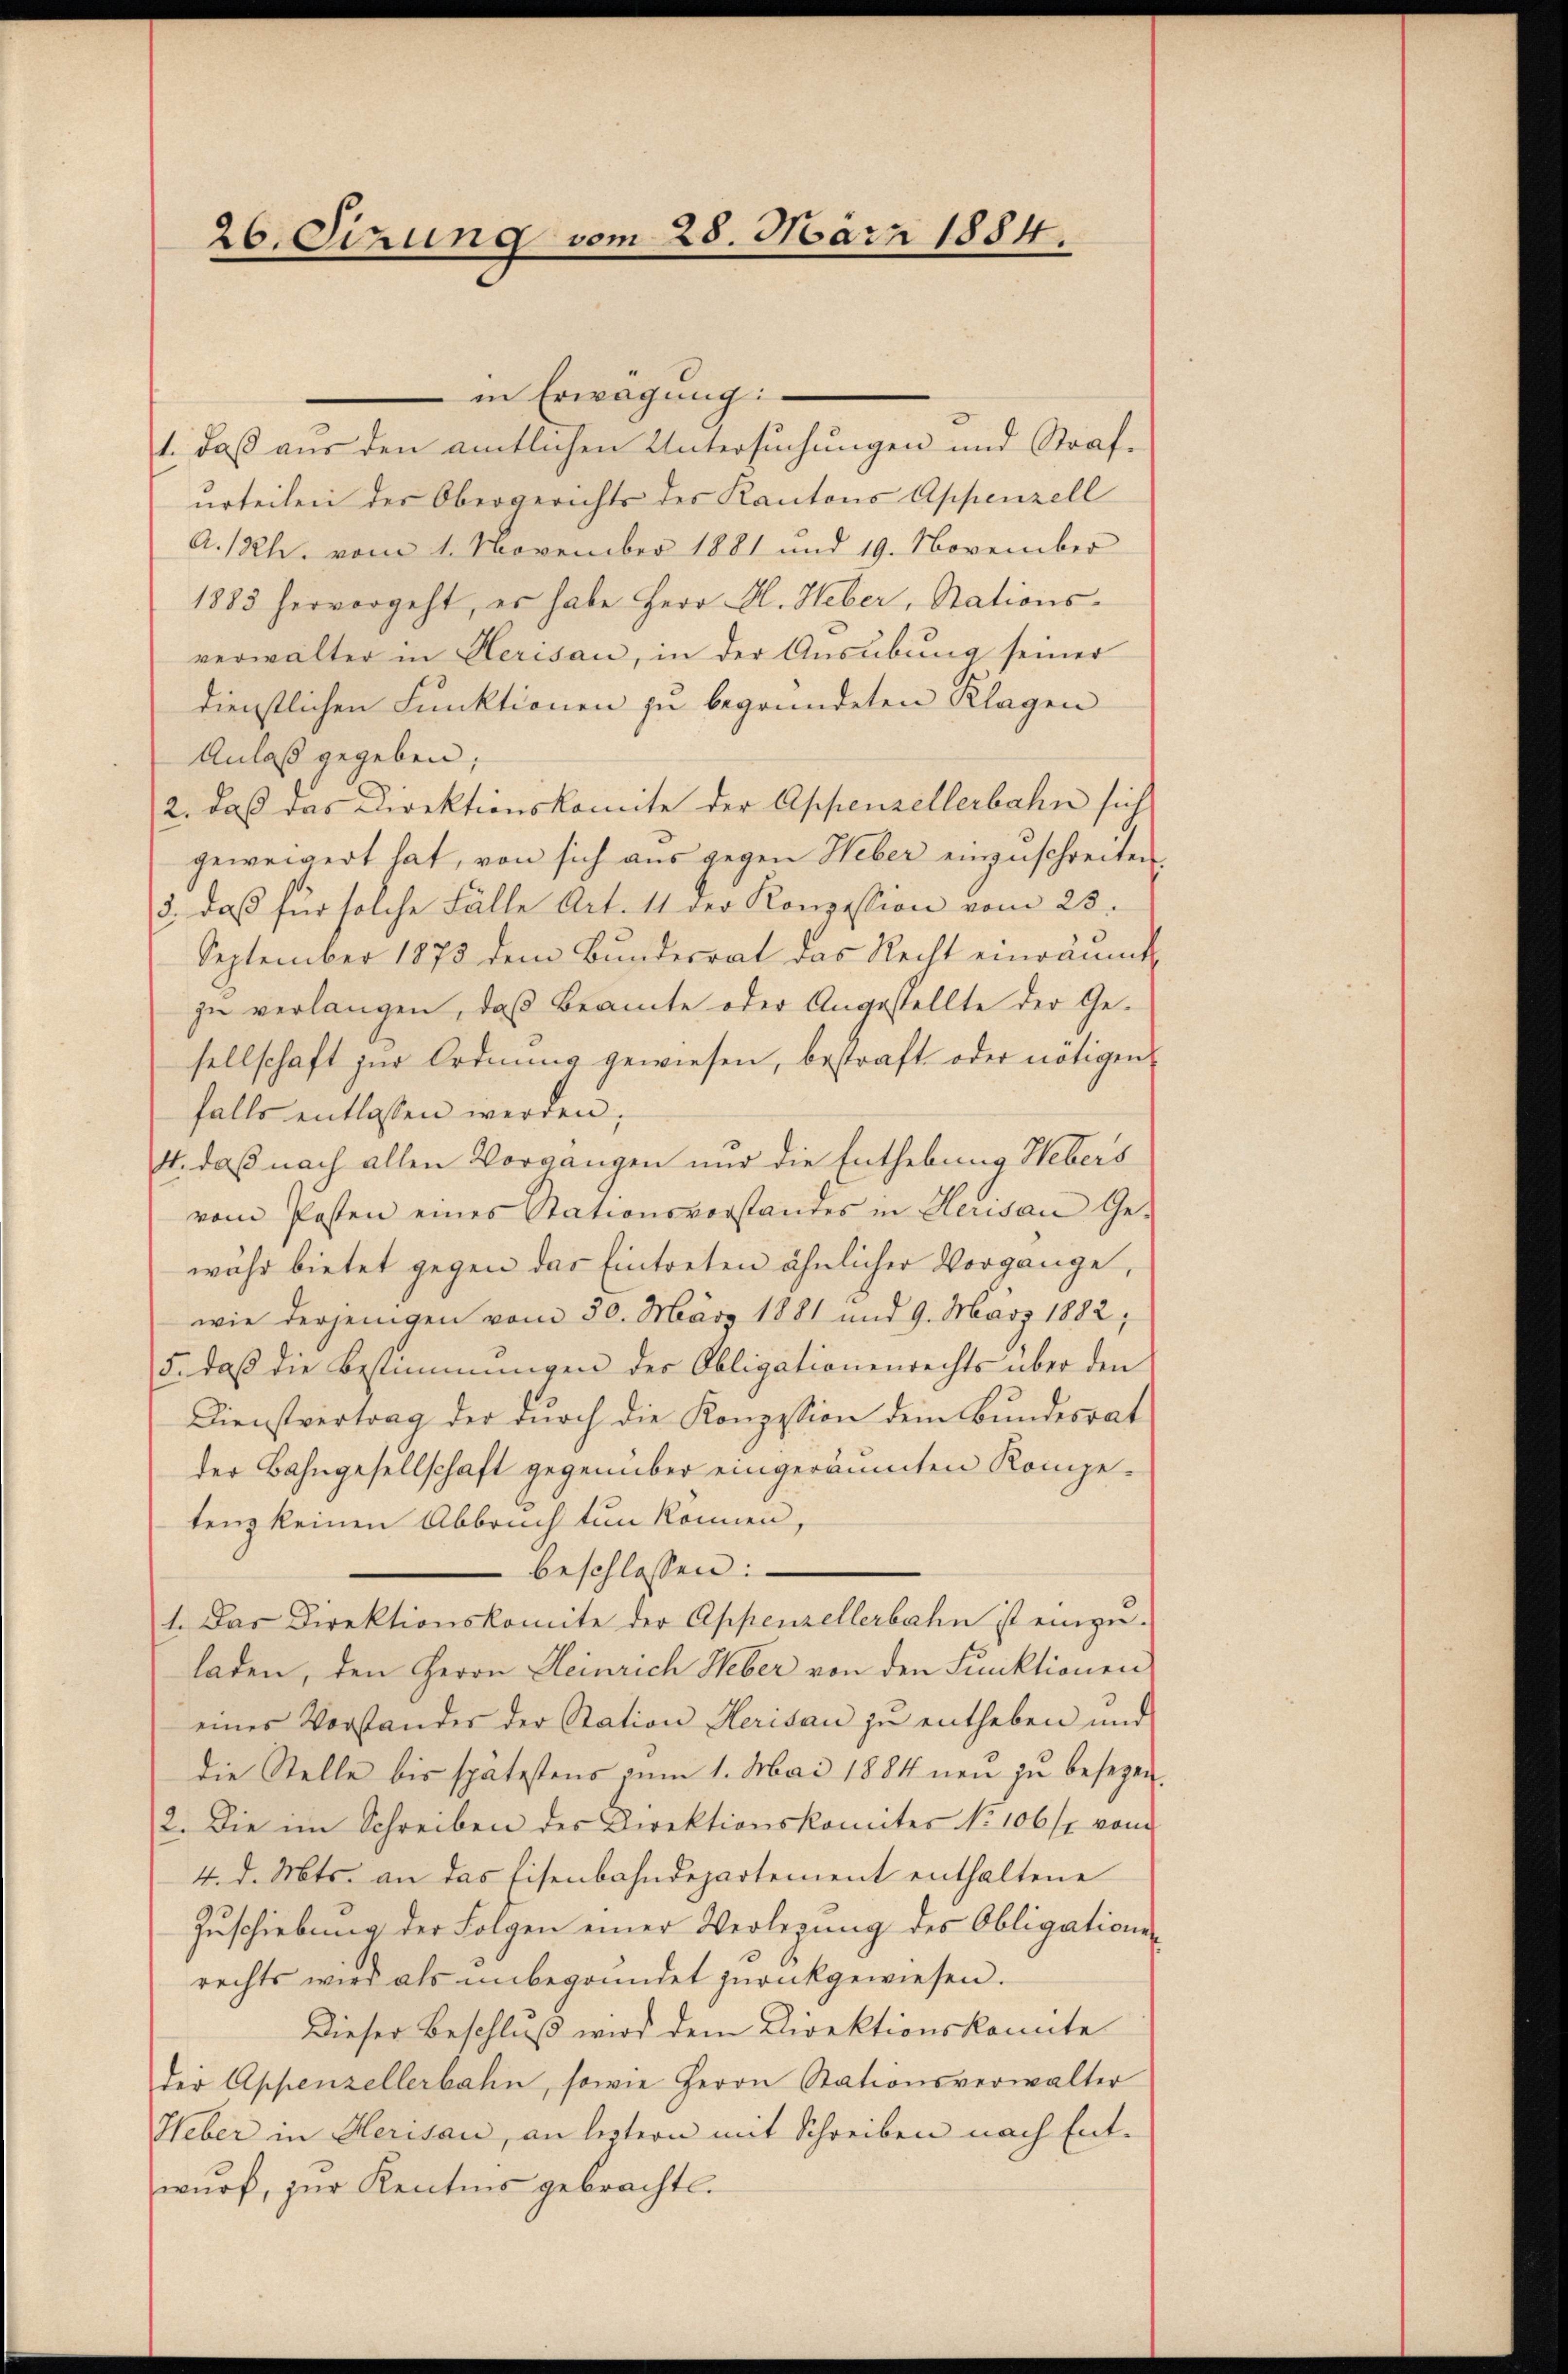
26. Sirung vom 28. März 1884.

in Erwägung:
.
1., daß aus den amtlichen Untersuchungen und Straf-
urteilen der Obergerichts des Kantons Appenzell
A.Rh. vom 1. November 1881 und 19. November
1883 hervorgeht, es habe Herr H. Heber, Stations-
verwalter in Herisau, in der Ausübung seiner
dienstlichen Funktionen zu begründeten Klagen
Anlaß gegeben;
2. daß das Direktionskomite der Appenzellerbahn sich
geweigert hat, von sich aus gegen Heber einzuschreiten.
3. daß für solche Fälle Art. 11 der Konzession vom 23.
September 1875 dem Bundesrat das Recht einräumt,
zu verlangen, daß Beamte oder Angestellte der Gesellschaft zur Ordnung gewiesen, bestraft oder nötigen
falls entlassen werden;
4. daß nach allen Vorgangen und die Enthebung Hebers
vom Posten eines Stationsvorstandes in Herisau Ge-
währ bietet gegen das Eintreten ähnlicher Vorgange,
wie derjenigen vom 30. März 1881 und 9. März 1882,
5. daβ die Bestimmungen der Obligationenrechts über den
Dienstvertrag der durch die Konzession dem Bundesrat
der Bahngesellschaft gegenüber eingeräumten Kompetenz keinen Abbruch tun können,
beschlossen:
1. Das Direktionskomite der Appenzellerbahn ist einge-
laden, den Herrn Heinrich Heber von den Funktionen
eines Vorstander der Station Herisau zŭ entheben und
die Stelle bis spätestens zum 1. Mai 1884 neu zu besezen.
2. Die im Schreiben des Direktionskomites No 106 f. vom
4. d. Mts. an das Eisenbahndepartement enthaltene
Zuschiebung der Folgen einer Verlegung des Obligations-
rechts wird als unbegründet zurückgewiesen.
Dieser Beschluß wird dem Direktionskonte
der Appenzellerbahn, sowie Herrn Stationsverwalter
Weber in Herisau, an leztern mit Schreiben nach Entwŭrf, zur Kentnis gebracht.